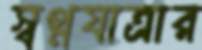
স্বপ্নযাত্রার